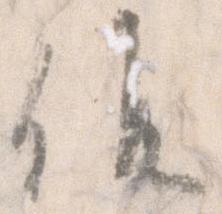
候